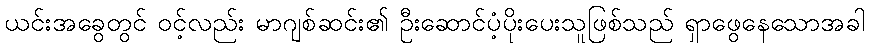
ယင်းအခွေတွင် ၀င့်လည်း မာဂျစ်ဆင်း၏ ဦးဆောင်ပံ့ပိုးပေးသူဖြစ်သည် ရှာဖွေနေသောအခါ